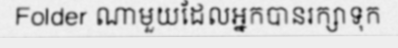
Folder ណាមួយដែលអ្នកបានរក្សាទុក